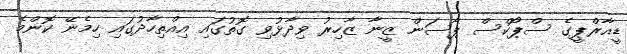
ޑީއާރްޕީގެ ސްޕޯކްސް ޕާސަން ޒީނާ ޒާހިރު ވިދާޅުވި ގޮތުގައި އިއްތިހާދުގައި ހިމެނޭ ކޮންމެ